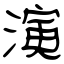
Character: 演